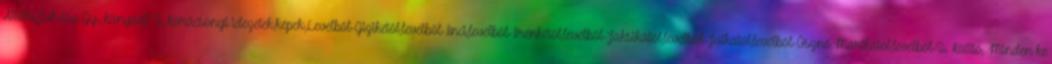
Attilla,Juhász Gy.,Kányádi S.,Karácsonyi idézetek,képek,Levélből-Gizikétől,levélből-Inci,levélből-Irénkétől,levélből-Jaksikától,levélből-Jutkától,levélből-Őszné Marikától,levélből-S. Katitó, Minden ke